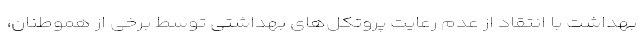
بهداشت با انتقاد از عدم رعایت پروتکل‌های بهداشتی توسط برخی از هموطنان،